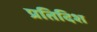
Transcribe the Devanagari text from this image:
प्रतिदिश